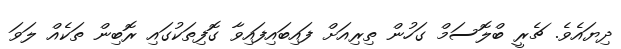
ދިޔައެވެ. ޗެރީ ބްލޮސަމް ގަހުން ތިރިއަށް ފައިބައިފައިވާ ގޮފިތަކުގައި ރޮބިން ތަކެއް ލަވަ